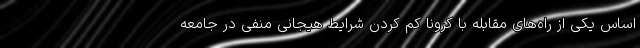
اساس یکی از راه‌های مقابله با کرونا کم کردن شرایط هیجانی منفی در جامعه